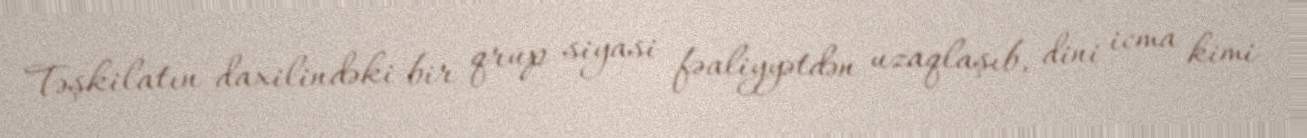
Təşkilatın daxilindəki bir qrup siyasi fəaliyyətdən uzaqlaşıb, dini icma kimi